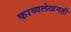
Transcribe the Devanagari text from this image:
काव्यलेखनही